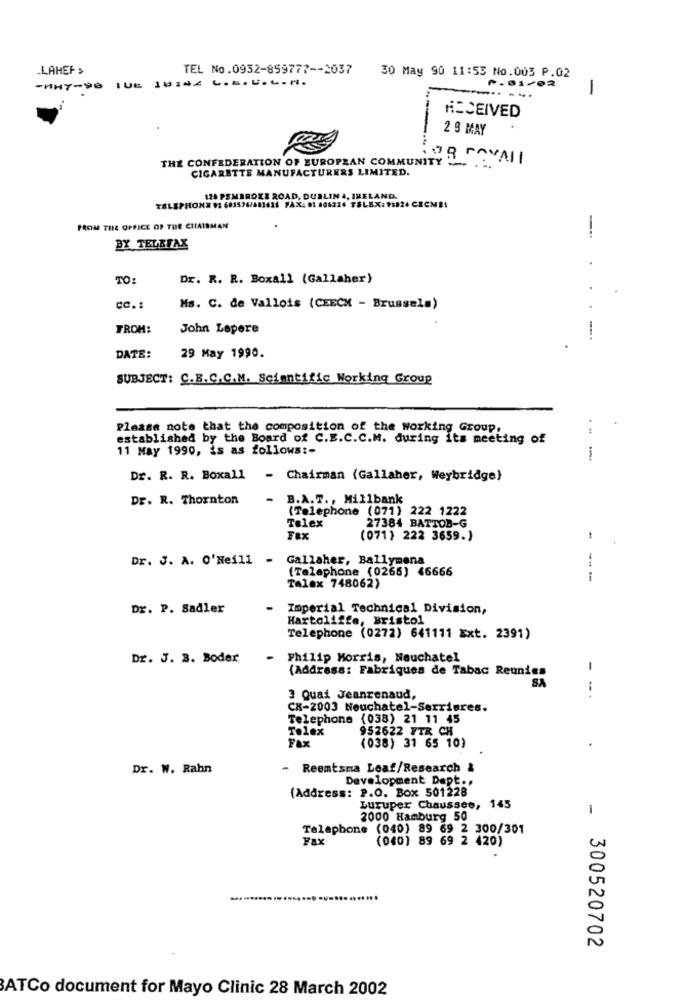
.LAHEF >
TEL No.0952-859777 -- 2037
-WHY-98 1DE 10:02 C.E.U.L.1.
30 May 90 11:53 No.003 P.02
-01/02
1
.... ...
RECEIVED
2 9 MAY
8 ROVALI
THE CONFEDERATION OF EUROPEAN COMMUNITY
CIGARETTE MANUFACTURERS LIMITED.
. PEMBROKE ROAD, DUBLIN 4, IRELAND.
TELEPHONE
03 603576/681621 FAX: 01 606224 TSLEX:91824 CECMES
FROM THE OFFICE OF THE CHAIRMAN
BY TELEFAX
TO:
Dr. R. R. Boxall (Gallaher)
cc .:
Ms. C. de Vallois (CEECM - Brussel=)
TROM:
John Lepere
DATE:
29 May 1990.
SUBJECT: C.B.C.C.M. Scientific Working Group
Please note that the composition of the Working Group,
established by the Board of C.E.C.C.M. during its meeting of
11 May 1990, is as follows :-
.--
Dr. R. R. Boxall - Chairman (Gallaher, Weybridge)
Dr. R. Thornton
-
B.A.T ., Millbank
(Telephone (071) 222 1222
27384 BATTOB-G
Telex
Fax
(071) 222 3659.)
-
Dr. J. A. O'Neill
-
Gallaher, Ballymena
(Telephone (0265) 46666
Talex 748062)
Dr. P. Sadler
Imperial Technical Division,
Hartcliffe, Bristol
Telephone (0272) 641111 Ext. 2391)
Dr. J. B. Boder
Philip Morris, Neuchatel
(Address: Fabriques de Tabac Reunies
-
SA
3 Quai Jeanrenaud,
CK-2003 Neuchatel-Serrisres.
Telephone (038) 21 11 45
Tolex
952622 FTR CH
Fax
(038) 31 65 10)
Dr. W. Rahn
- Reemtsma Leaf/Research &
Development Dept .,
{Address: P.O. Box 501228
Luruper Chaussee, 145
2000 Hamburg 50
-
Telephone (040) 89 69 2 300/301
Fax
(040) 89 69 2 420)
300520702
ATCo document for Mayo Clinic 28 March 2002